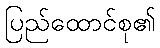
ပြည်ထောင်စု၏